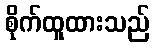
စိုက်ထူထားသည်